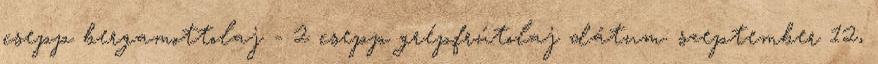
csepp bergamottolaj - 2 csepp grépfrútolaj dátum: szeptember 12,